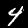
Digit: 4